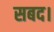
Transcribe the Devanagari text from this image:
सबद।